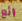
رائع